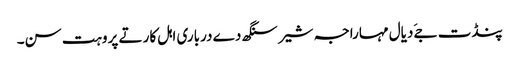
پنڈت جےَ دیال مہاراجہ شیر سنگھ دے درباری اہل کار تے پروہت سن۔